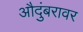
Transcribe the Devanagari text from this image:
औदुंबरावर